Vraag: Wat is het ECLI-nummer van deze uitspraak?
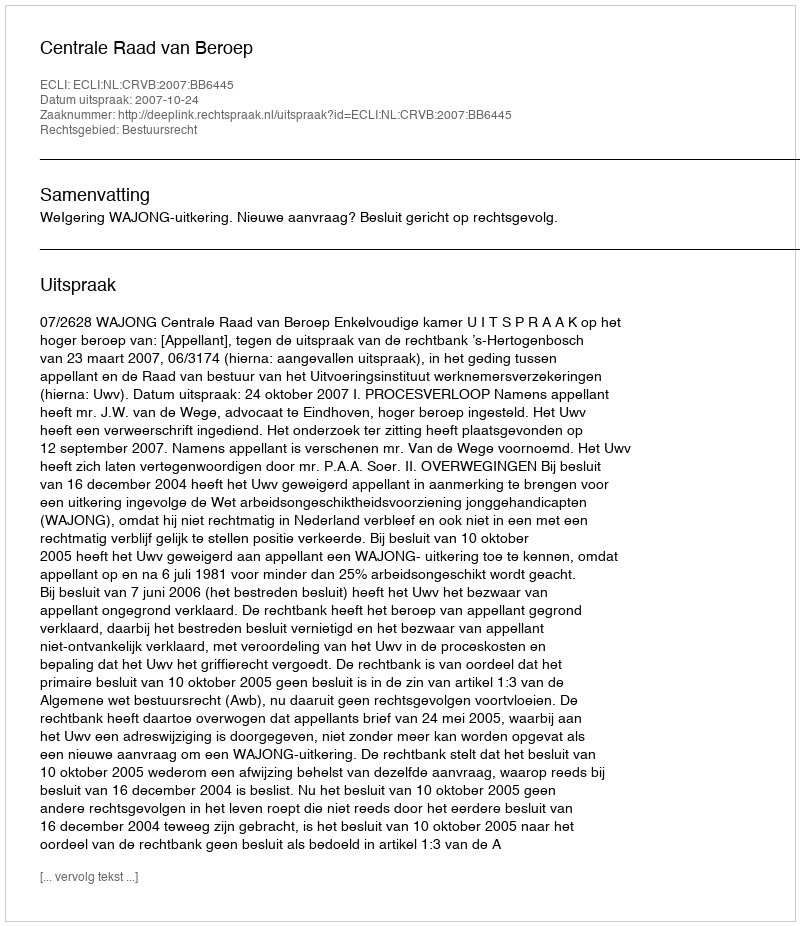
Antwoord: ECLI:NL:CRVB:2007:BB6445